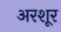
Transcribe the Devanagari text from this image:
अरशूर